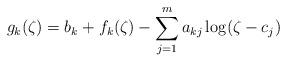
LaTeX: \begin{align*}g_k(\zeta)=b_k+f_k(\zeta)-\sum_{j=1}^{m} a_{kj}\log(\zeta-c_j)\end{align*}